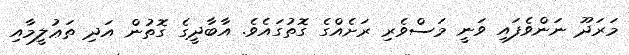
މަރަދޫ ނަންވެފައި ވަނީ މަސްވެރި ރަށެއްގެ ގޮތުގައެވެ. އާބާދީގެ ގޮތުން އަދި ތަޢުލީމާއި